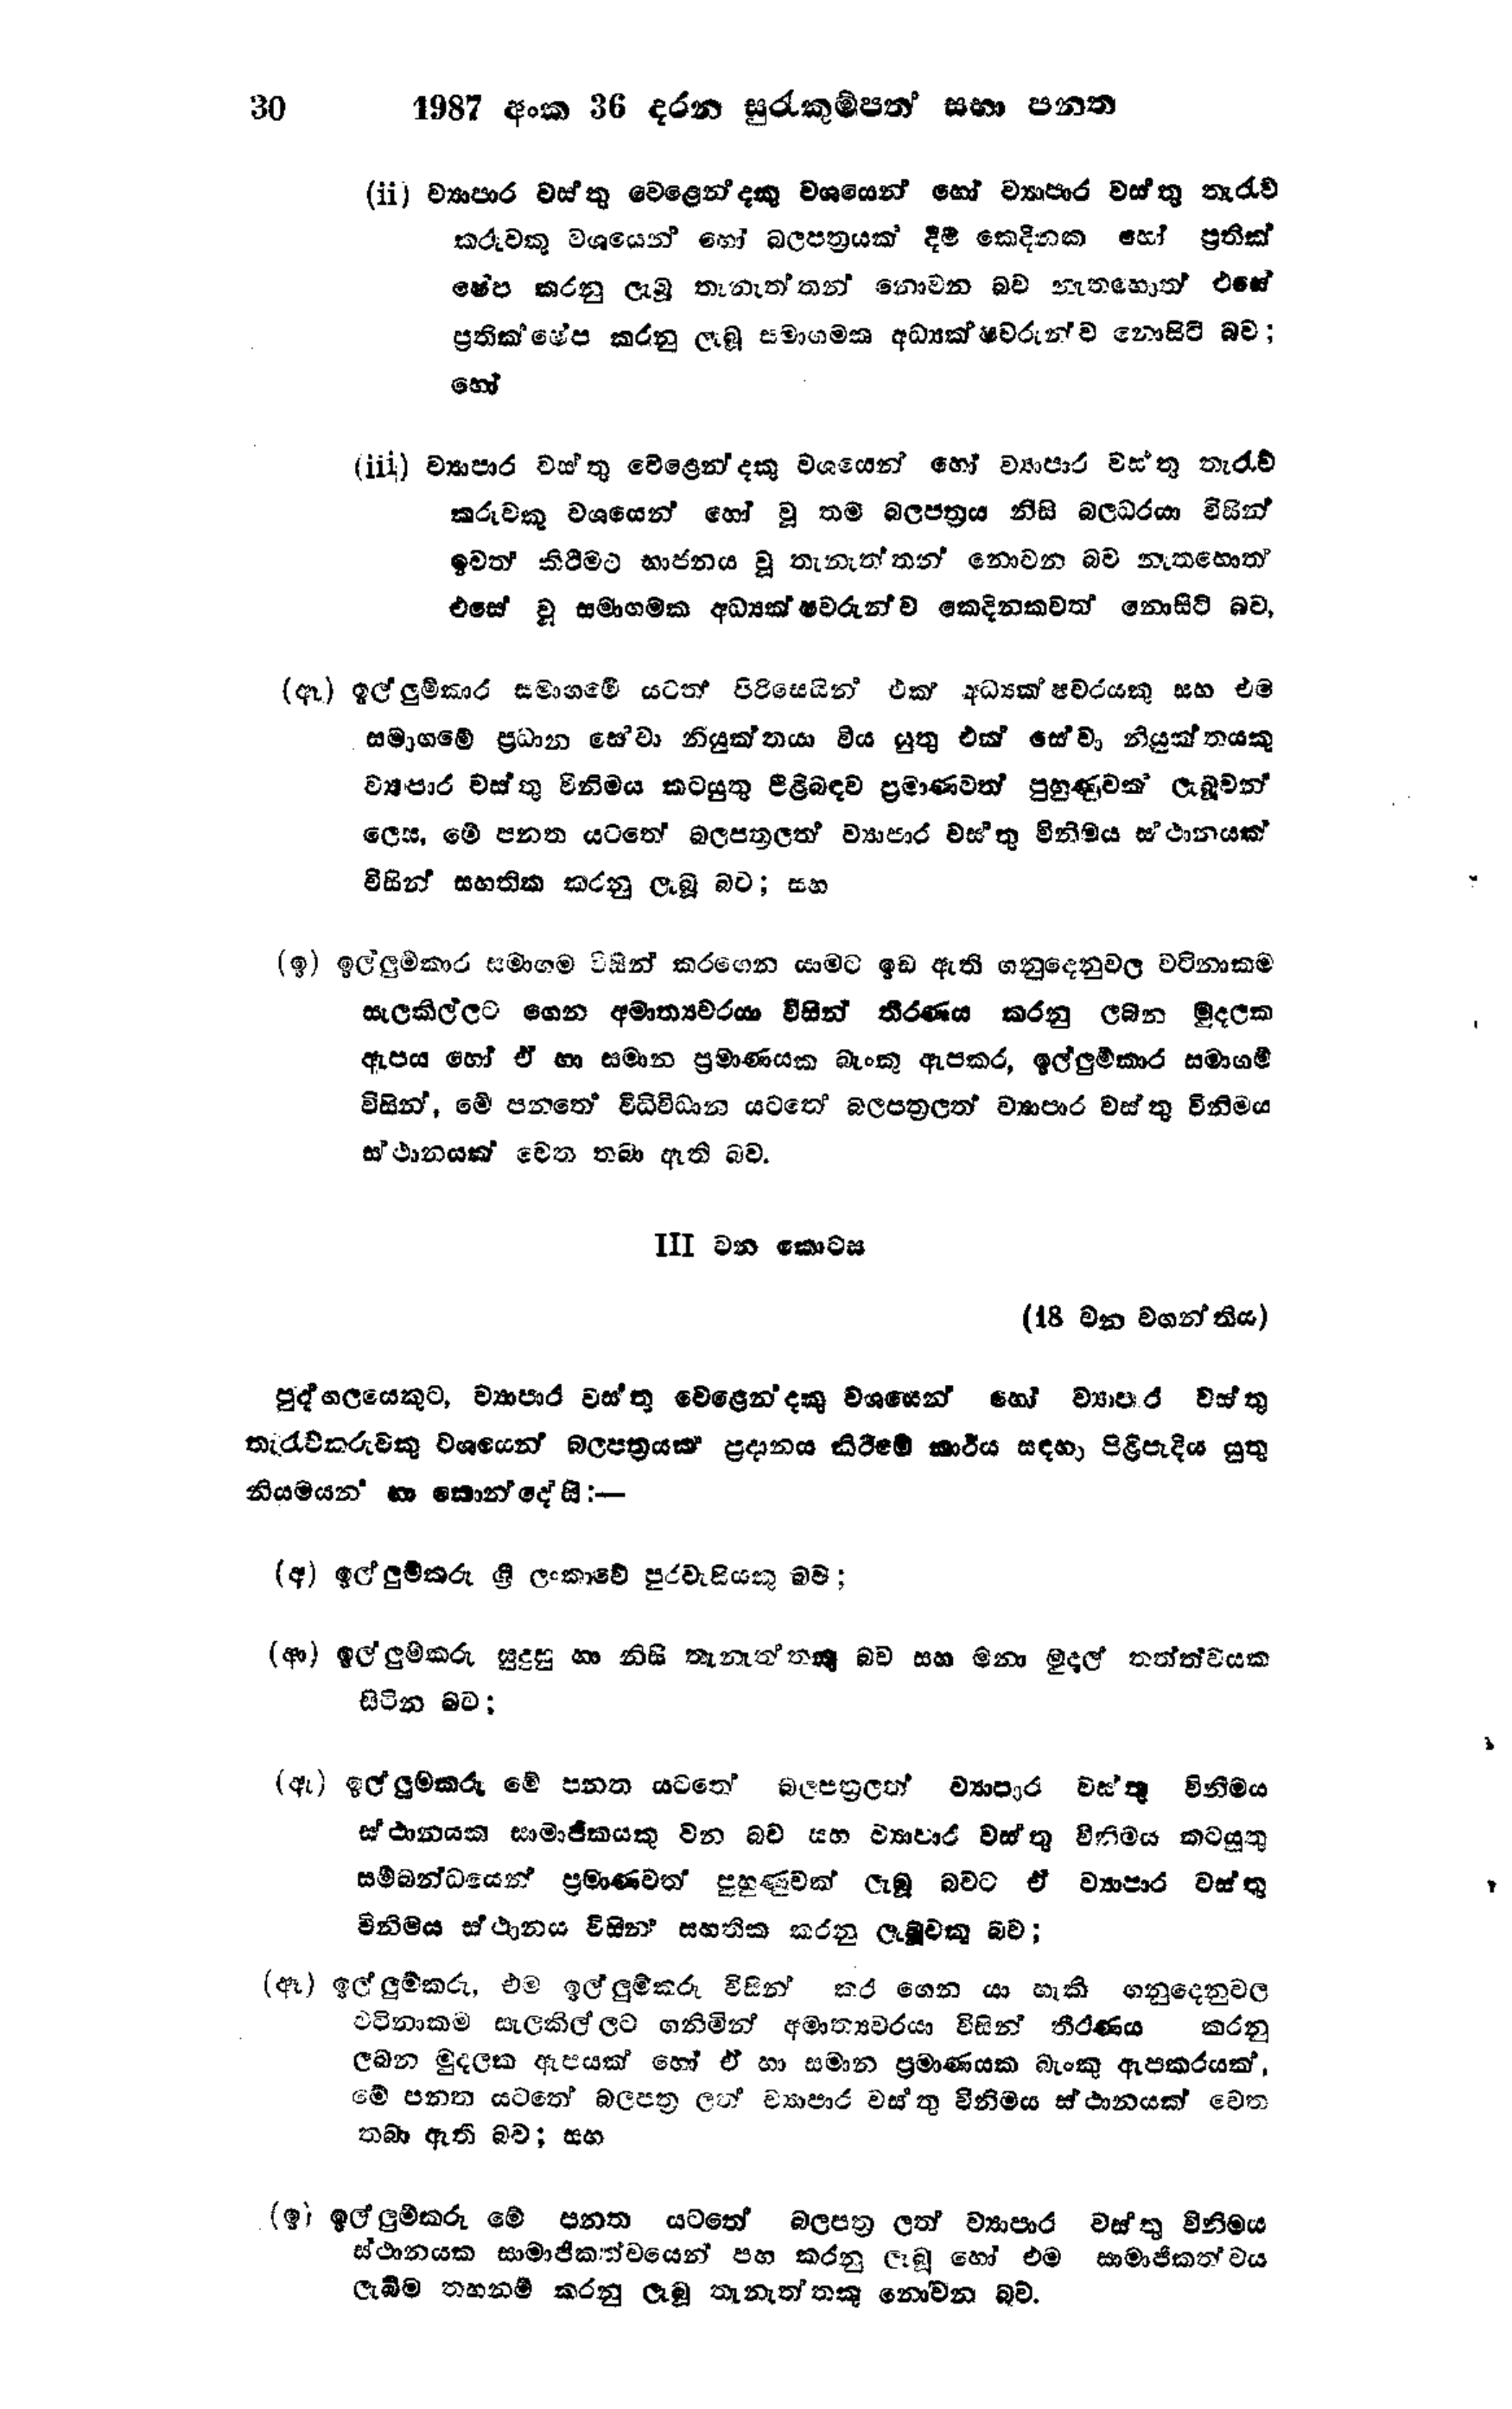
30 1987 අංක 36 දරන සුරැකුම්පත සභා පනත

(ii) ව්‍යාපාර වස්තු වෙළෙන්දකු වශයෙන් හෝ ව්‍යාපාර වස්තු තැරැව්
කරුවකු වශයෙන් හෝ බලපත්‍රයක් දීම කෙදිනක හෝ ප්‍රතික්
ෂේප කරනු ලැබූ තැනැත්තන් නොවන බව නැතහොත් එසේ
ප්‍රතික්ෂේප කරනු ලැබූ සමාගමක අධ්‍යක්ෂවරුන්ව නොසිටි බව;
හෝ

(iii) ව්‍යාපාර වස්තු වෙළෙන්දකු වශයෙන් හෝ ව්‍යාපාර වස්තු තැරැව්
කරුවකු වශයෙන් හෝ වූ තම බලපත්‍රය නිසි බලධරයා විසින්
ඉවත් කිරීමට භාජනය වූ තැනැත්තන් නොවන බව නැතහොත්
එසේ වූ සමාගමක අධ්‍යක්ෂවරුන්ව කෙදිනකවත් නොසිටි බව,

(ඈ ) ඉල්ලුම්කාර සමාගමේ යටත් පිරිසෙයින් එක් අධ්‍යක්ෂවරයකු සහ එම
සමාගමේ ප්‍රධාන සේවා නියුක්තයා විය යුතු එක් සේවා නියුක්තයකු
ව්‍යාපාර වස්තු විනිමය කටයුතු පිළිබඳව ප්‍රමාණවත් පුහුණුවක් ලැබූවන්
ලෙස, මේ පනත යටතේ බලපත්‍රලත් ව්‍යාපාර වතු විනිමය ස්ථානයක්
විසින් සහතික කරනු ලැබූ බව; සහ

(ඉ) ඉල්ලුම්කාර සමාගම විසින් කරගෙන යාමට ඉඩ ඇති ගනුදෙනුවල වටිනාකම
සැලකිල්ලට ගෙන අමාත්‍යවරයා විසින් තීරණය කරනු ලබන මුදලක
ඇපය හෝ ඒ හා සමාන ප්‍රමාණයක බැංකු ඇපකර, ඉල්ලුම්කාර සමාගම්
විසින්, මේ පනතේ විධිවිධාන යටතේ බලපත්‍රලත් ව්‍යාපාර වස්තු විනිමය
ස්ථානයක් වෙත තබා ඇති බව.

III වන කොටස

(18 වන වගන්තිය)

පුද්ගලයෙකුට, ව්‍යාපාර වස්තු වෙළෙන්දකු වශයෙන් හෝ ව්‍යාපාර වස්තු
තැරැව්කරුවකු වශයෙන් බල පත්‍රයක් ප්‍රදානය කිරීමේ කාර්ය සඳහා පිළිපැදිය යුතු
නියමයන් හා කොන්දේසි:—

(අ) ඉල්ලුම්කරු ශ්‍රී ලංකාවේ පුරවැසියකු බව;

(ආ) ඉල්ලුම්කරු සුදුසු හා නිසි තැනැත්තකු බව සහ මනා මුදල් තත්ත්වයක
සිටින බව;

(ඇ) ඉල්ලුමකරු මේ පනත යටතේ බලපත්‍රලත් ව්‍යාපාර වස්තු විනිමය
ස්ථානයක සාමාජිකයකු වන බව සහ ව්‍යාපාර වස්තු විනිමය කටයුතු
සම්බන්ධයෙන් ප්‍රමාණවත් පුහුණුවක් ලැබූ බවට ඒ ව්‍යාපාර වස්තු
විනිමය ස්ථානය විසින් සහතික කරනු ලැබූවකු බව;

(ඈ) ඉල්ලුම්කරු, එම ඉල්ලුම්කරු විසින් කර ගෙන යා හැකි ගනුදෙනුවල
වටිනාකම සැලකිල්ලට ගනිමින් අමාත්‍යවරයා විසින් තීරණය කරනු
ලබන මුදලක ඇපයක් හෝ ඒ හා සමාන ප්‍රමාණයක බැංකු ඇපකරයක්,
මේ පනත යටතේ බලපත්‍ර ලත් ව්‍යාපාර වස්තු විනිමය ස්ථානයක් වෙත
තබා ඇති බව; සහ

(ඉ) ඉල්ලුම්කරු මේ පත යටතේ බලපත්‍ර ලත් ව්‍යාපාර වස්තු විනිමය
ස්ථානයක සාමාජිකත්වයෙන් පහ කරනු ලැබූ හෝ එම සාමාජිකත්වය
ලැබීම තහනම් කරනු ලැබූ තැනැත්තකු නොවන බව.